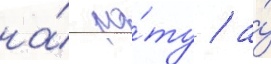
на́ ро́ту / а́